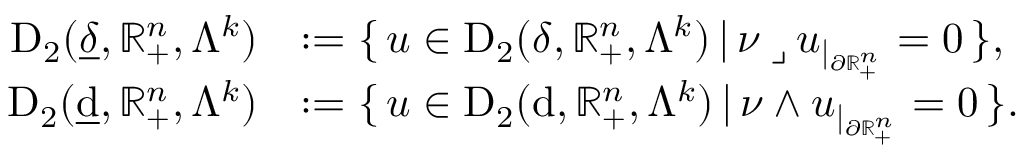
\begin{array} { r l } { \mathrm { D } _ { 2 } ( \underline { { \delta } } , \mathbb { R } _ { + } ^ { n } , \Lambda ^ { k } ) } & { : = \{ \, u \in \mathrm { D } _ { 2 } ( \delta , \mathbb { R } _ { + } ^ { n } , \Lambda ^ { k } ) \, | \, \nu \mathbin { \lrcorner } u _ { | _ { \partial \mathbb { R } _ { + } ^ { n } } } = 0 \, \} \mathrm { , ~ } } \\ { \mathrm { D } _ { 2 } ( \underline { { \mathrm { d } } } , \mathbb { R } _ { + } ^ { n } , \Lambda ^ { k } ) } & { : = \{ \, u \in \mathrm { D } _ { 2 } ( \mathrm { d } , \mathbb { R } _ { + } ^ { n } , \Lambda ^ { k } ) \, | \, \nu \wedge u _ { | _ { \partial \mathbb { R } _ { + } ^ { n } } } = 0 \, \} \mathrm { . ~ } } \end{array}